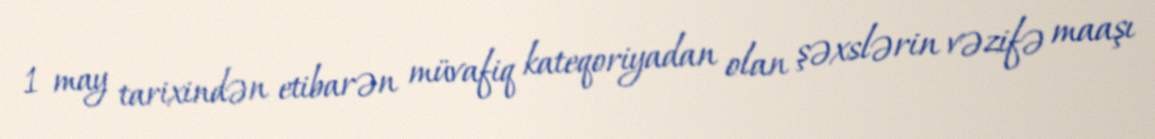
1 may tarixindən etibarən müvafiq kateqoriyadan olan şəxslərin vəzifə maaşı